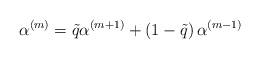
LaTeX: \begin{align*} {\alpha ^{(m)}} = \tilde q {\alpha ^{(m + 1)}} + \left( {1 - \tilde q} \right){\alpha ^{(m - 1)}}\end{align*}